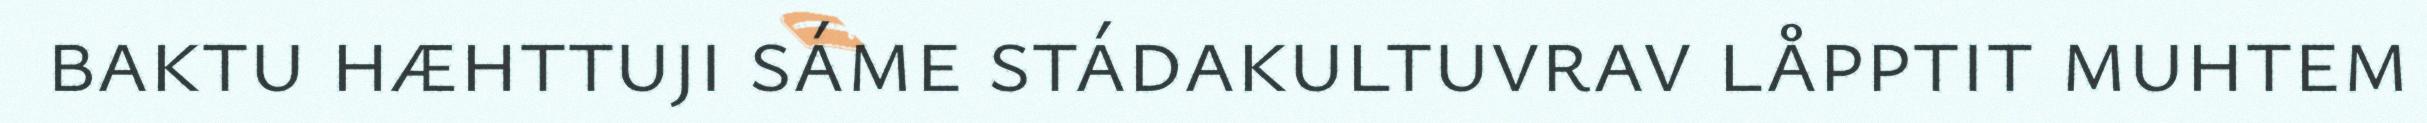
baktu hæhttuji sáme stádakultuvrav låpptit muhtem